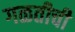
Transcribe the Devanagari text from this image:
गळतीची